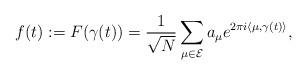
LaTeX: \begin{align*}f(t):=F(\gamma(t))=\frac{1}{\sqrt{N}}\sum_{\mu\in\mathcal{E}}a_{\mu}e^{2\pi i\langle\mu,\gamma(t)\rangle},\end{align*}